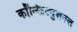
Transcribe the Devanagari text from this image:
कॉन्स्टिट्युशनल